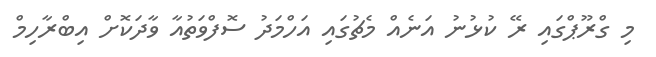
މި ގްރޫޕްގައި ރޭ ކުޅުނު އަނެއް މެޗުގައި އަހްމަދު ސޮފްވަތުއާ ވާދަކޮށް އިބްރާހިމް